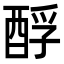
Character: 酻